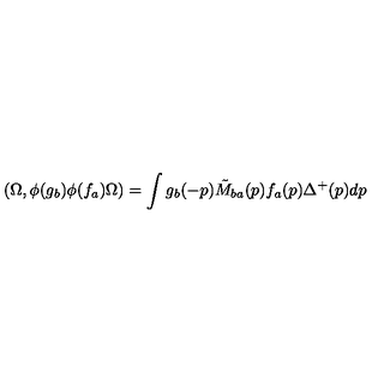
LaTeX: ( \Omega , \phi ( g _ { b } ) \phi ( f _ { a } ) \Omega ) = \int g _ { b } ( - p ) \tilde { M } _ { b a } ( p ) f _ { a } ( p ) \Delta ^ { + } ( p ) d p